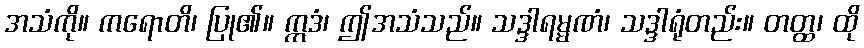
အသံကို။ ကရောတိ၊ ပြု၏။ ဣဒံ၊ ဤအသံသည်။ သဒ္ဒါရမ္မဏံ၊ သဒ္ဒါရုံတည်း။ တတ္ထ၊ ထို